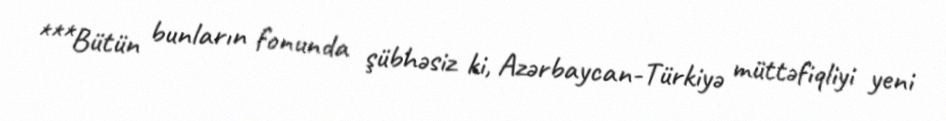
***Bütün bunların fonunda şübhəsiz ki, Azərbaycan-Türkiyə müttəfiqliyi yeni